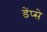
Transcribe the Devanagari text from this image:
डेंप्से